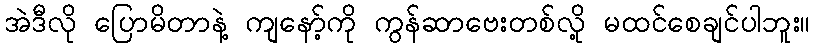
အဲဒီလို ပြောမိတာနဲ့ ကျနော့်ကို ကွန်ဆာဗေးတစ်လို့ မထင်စေချင်ပါဘူး။